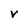
Character: V